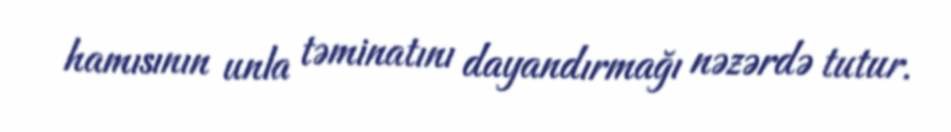
hamısının unla təminatını dayandırmağı nəzərdə tutur.